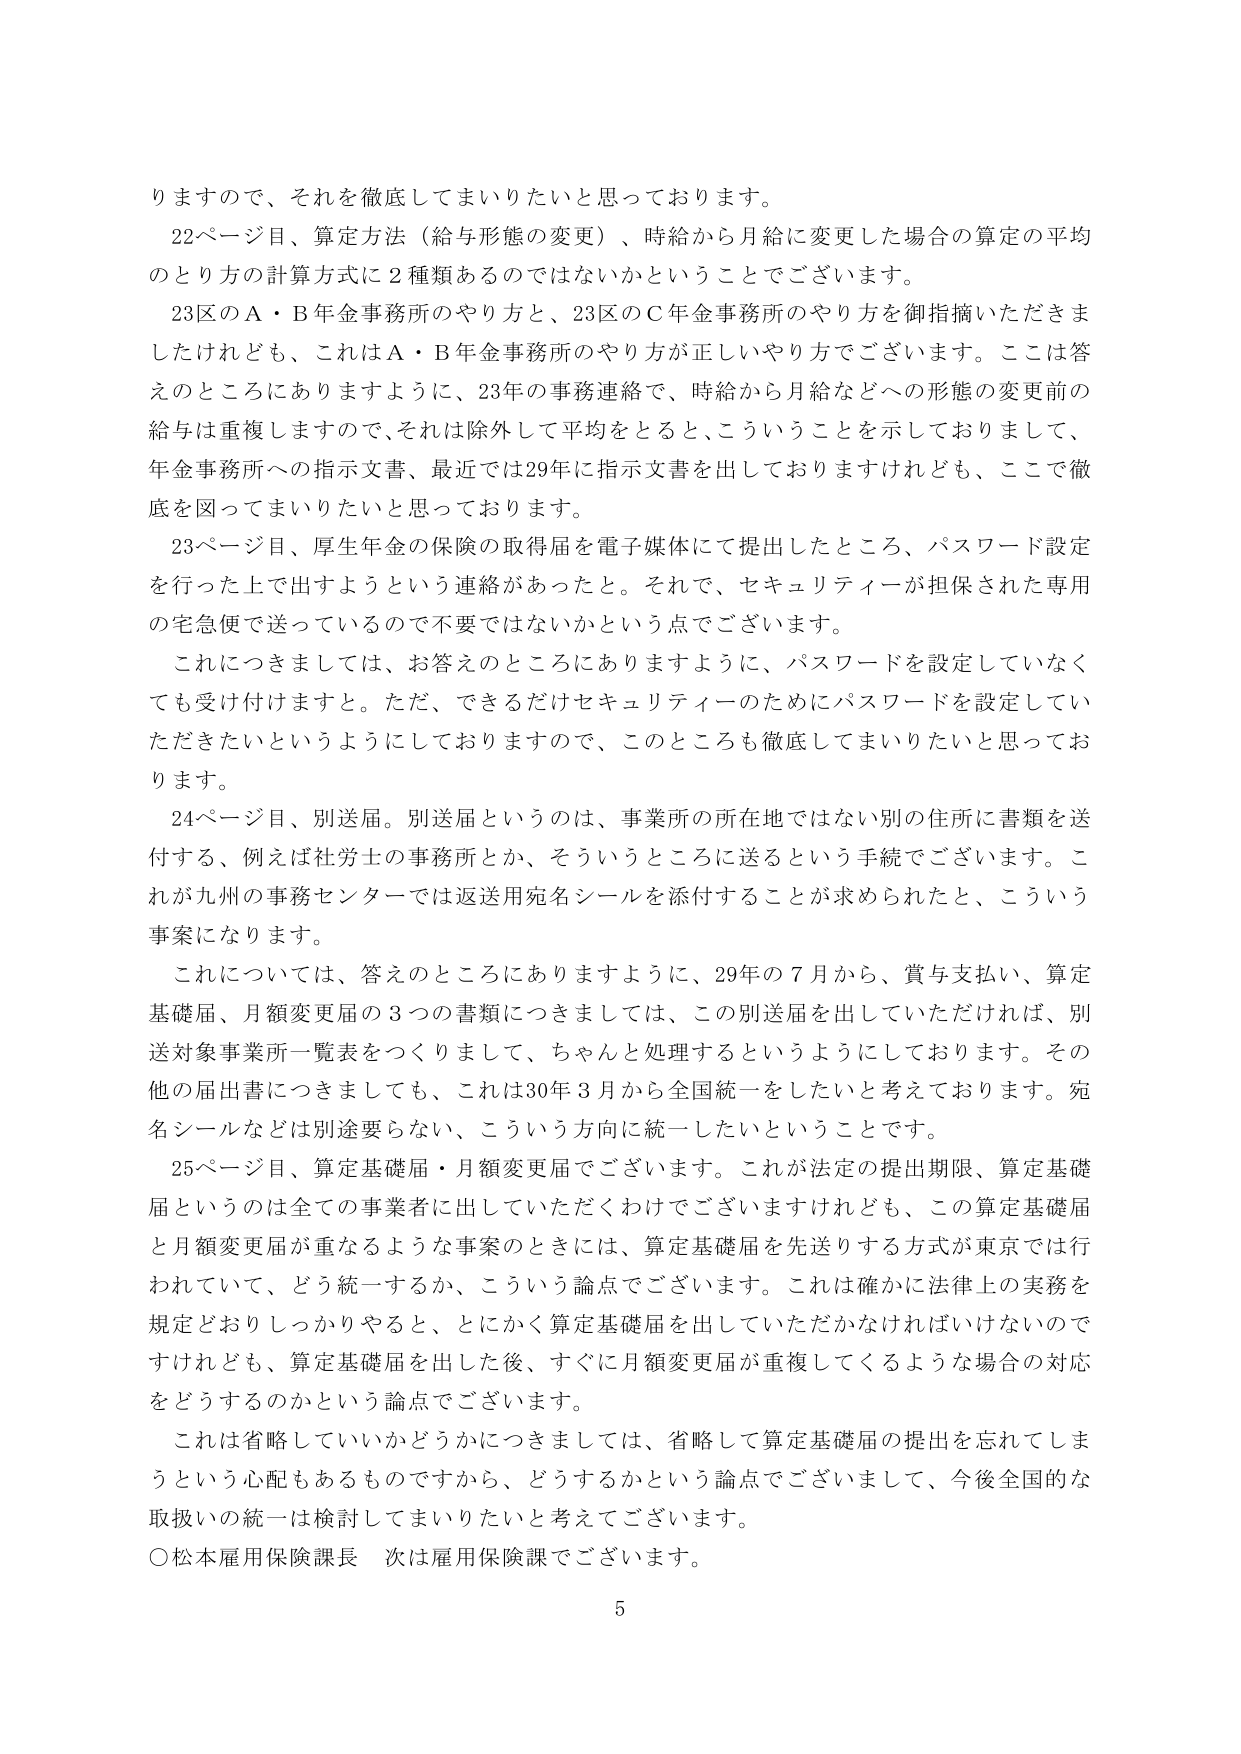
りますので、それを徹底してまいりたいと思っております。

22ページ目、算定方法（給与形態の変更）、時給から月給に変更した場合の算定の平均のとり方の計算方式に2種類あるのではないかということでございます。

23区のA・B年金事務所のやり方と、23区のC年金事務所のやり方を御指摘いただきましたけれども、これはA・B年金事務所のやり方が正しいやり方でございます。ここは答えのところにありますように、23年の事務連絡で、時給から月給などへの形態の変更前の給与は重複しますので、それは除外して平均をとると、こういうことを示しておりまして、年金事務所への指示文書、最近では29年に指示文書を出しておりますけれども、ここで徹底を図ってまいりたいと思っております。

23ページ目、厚生年金の保険の取得届を電子媒体にて提出したところ、パスワード設定を行った上で出すようという連絡があったと。それで、セキュリティーが担保された専用の宅急便で送っているので不要ではないかという点でございます。

これにつきましては、お答えのところにありますように、パスワードを設定していなくても受付けけますと。ただ、できるだけセキュリティーのためにパスワードを設定していただきたいというようにしておりますので、このところも徹底してまいりたいと思っております。

24ページ目、別送届。別送届というのは、事業所の所在地ではない別の住所に書類を送付する、例えば社労士の事務所とか、そういうところに送るという手続でございます。これが九州の事務センターでは返送用宛名シールを添付することが求められたと、こういう事案になります。

これについては、答えのところにありますように、29年の7月から、賞与支払い、算定基礎届、月額変更届の3つの書類につきましては、この別送届を出していただければ、別送対象事業所一覧表をつくりまして、ちゃんと処理するというようにしております。その他の届出書につきましても、これは30年3月から全国統一をしたいと考えております。宛名シールなどは別途要らない、こういう方向に統一したいということです。

25ページ目、算定基礎届・月額変更届でございます。これが法定の提出期限、算定基礎届というのは全ての事業者に出していただくわけでございますけれども、この算定基礎届と月額変更届が重なるような事案のときには、算定基礎届を先送りする方式が東京では行われていて、どう統一するか、こういう論点でございます。これは確かに法律上の実務を規定どおりしっかりやると、とにかく算定基礎届を出していただかなければいけないのですけれども、算定基礎届を出した後、すぐに月額変更届が重複してくるような場合の対応をどうするのかという論点でございます。

これは省略していいかどうかにつきましては、省略して算定基礎届の提出を忘れてしまうという心配もあるものですから、どうするかという論点でございまして、今後全国的な取扱いの統一は検討してまいりたいと考えております。

○松本雇用保険課長 次は雇用保険課でございます。

5